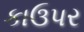
કાઉપર